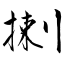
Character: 揦